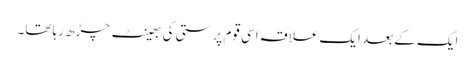
ایک کے بعد ایک علاقہ اسی قوم پرستی کی بھینٹ چڑھ رہا تھا۔